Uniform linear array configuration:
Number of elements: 24
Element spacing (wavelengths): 0.75
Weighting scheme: hann
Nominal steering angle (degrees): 0
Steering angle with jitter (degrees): -1.944
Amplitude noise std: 0.05
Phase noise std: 0.05

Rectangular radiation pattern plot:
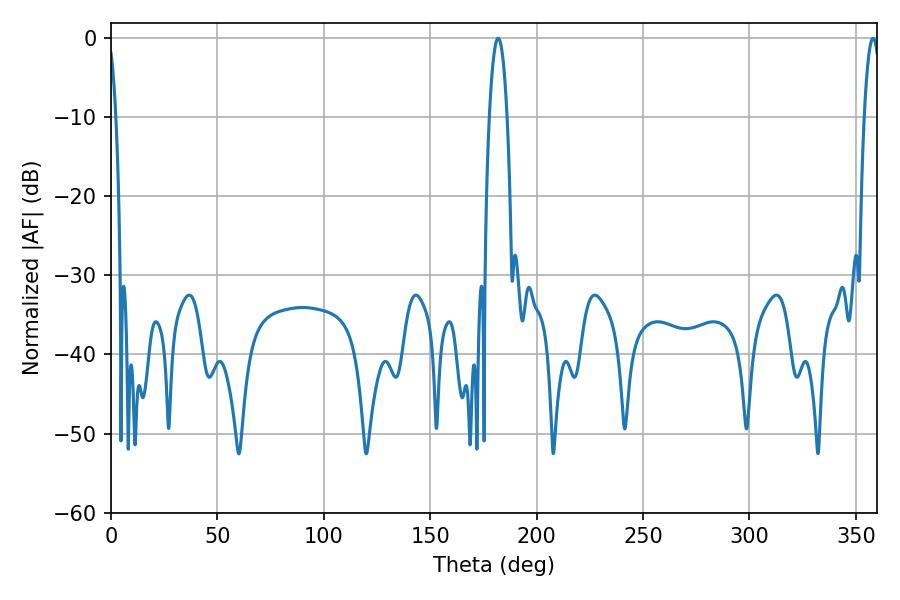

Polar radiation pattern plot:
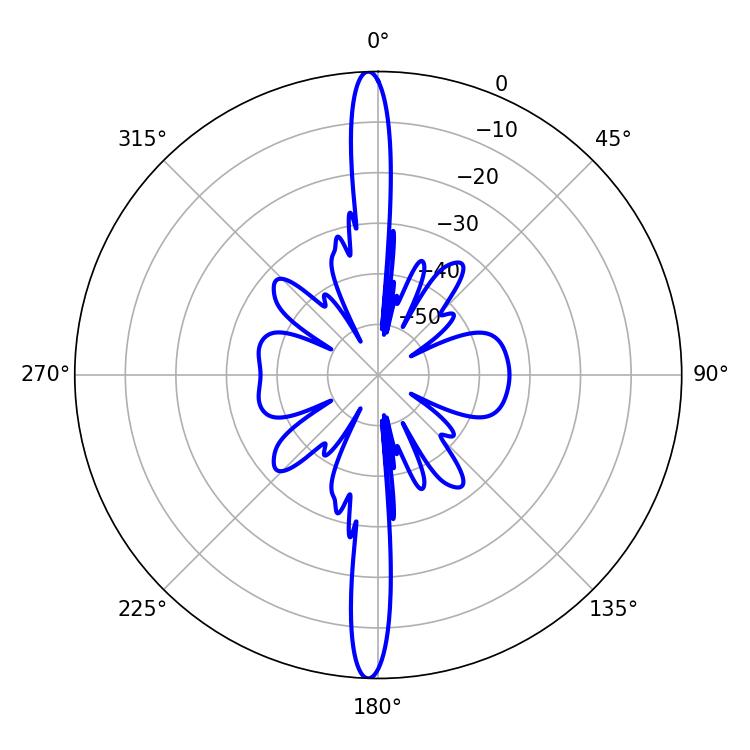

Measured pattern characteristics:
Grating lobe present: TRUE
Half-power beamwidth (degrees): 4.5
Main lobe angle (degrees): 181.98